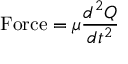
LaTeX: \mathrm { F o r c e } = \mu { \frac { d ^ { 2 } Q } { d t ^ { 2 } } }